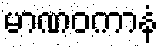
မာဏဝကာနံ